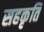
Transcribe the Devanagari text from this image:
सहकृति